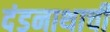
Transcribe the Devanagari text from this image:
दंडनाथाची